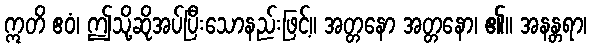
ဣတိ ဧဝံ၊ ဤသို့ဆိုအပ်ပြီးသောနည်းဖြင့်။ အတ္တနော အတ္တနော၊ ၏။ အနန္တရာ၊